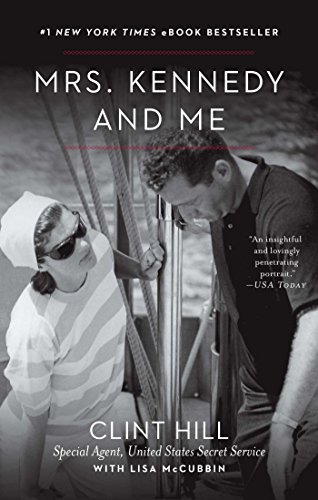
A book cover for Mrs. Kennedy and Me; Clint Hill; Biographies & Memoirs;